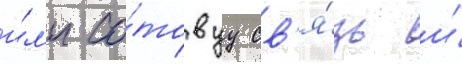
и́л'и со́товуу св'я́зь и́